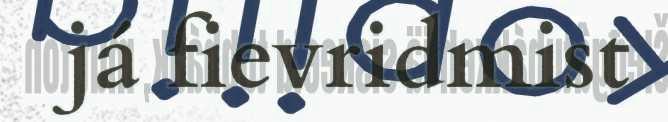
já fievridmist